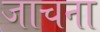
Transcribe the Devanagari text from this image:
जाचना